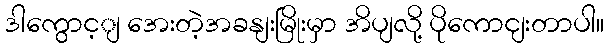
ဒါကွောင့ျ အေးတဲ့အခနျးမြိုးမှာ အိပျလို့ ပိုကောငျးတာပါ။